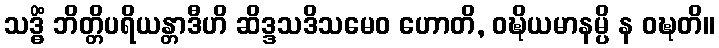
သဒ္ဓိံ ဘိတ္တိပရိယန္တာဒီဟိ ဆိဒ္ဒသဒိသမေဝ ဟောတိ, ဝဍ္ဎိယမာနမ္ပိ န ဝဍ္ဎတိ။